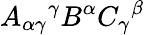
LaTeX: A_{\alpha\gamma}{}^{\gamma}B^{\alpha}C_{\gamma}{}^{\beta}